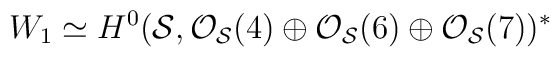
W_1 \simeq H^{0}({\cal S}, {\cal O}_{{\cal S}}(4) \oplus{\cal O}_{{\cal S}}(6) \oplus {\cal O}_{{\cal S}}(7))^{*}